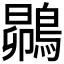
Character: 𮭅